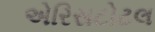
એરિસટોટલ